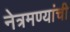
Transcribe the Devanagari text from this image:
नेत्रमण्यांची